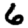
Digit: 6